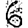
Digit: 6